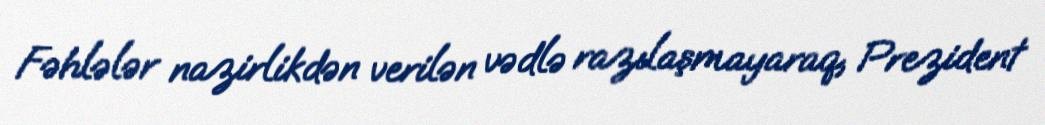
Fəhlələr nazirlikdən verilən vədlə razılaşmayaraq, Prezident